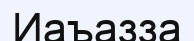
Иаъазза